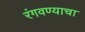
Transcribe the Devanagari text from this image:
रंगवण्याचा